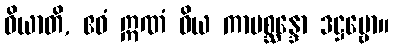
ဝိယာတိ, ဧဝံ ဣဏံ ဝိယ ကာမစ္ဆန္ဒော ဒဋ္ဌဗ္ဗော။